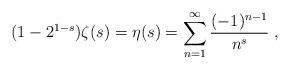
LaTeX: \begin{align*}(1-2^{1-s})\zeta(s) = \eta(s) = \sum_{n=1}^\infty \frac{(-1)^{n-1}}{n^s}\;,\end{align*}